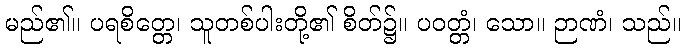
မည်၏။ ပရစိတ္တေ၊ သူတစ်ပါးတို့၏ စိတ်၌။ ပဝတ္တံ၊ သော။ ဉာဏံ၊ သည်။